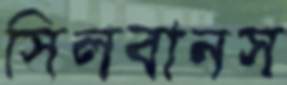
সিলবানস